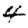
Digit: 4